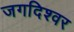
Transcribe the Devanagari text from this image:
जगदिश्वर